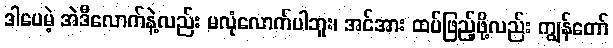
ဒါပေမဲ့ အဲဒီလောက်နဲ့လည်း မလုံလောက်ပါဘူး၊ အင်အား ထပ်ဖြည့်ဖို့လည်း ကျွန်တော်